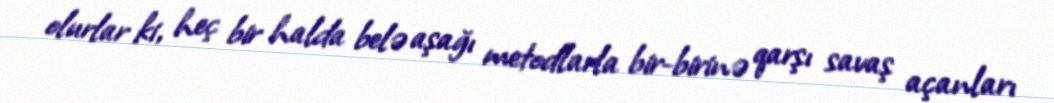
olurlar ki, heç bir halda belə aşağı metodlarla bir-birinə qarşı savaş açanları